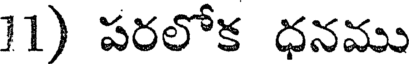
11) పరలోక ధనము